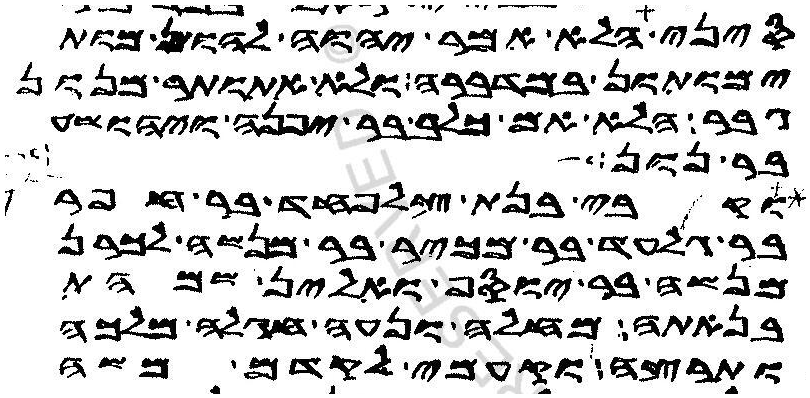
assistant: סיני הלא אמר יהוה להון מות
ימותון במדברה ולא אתותר מנון
גבר הלא אם כלב בר יפנה ויהושע
בר נון
וקרבי בנת צלפחד בר חפר
בר גלעד בר מכיר בר מנשה לכרן
מנשה בר יוסף ואלין שמהת
בנאתה מחלה ונעה חגלה מלכה
ותרצה וקעמי לקדם משה